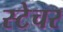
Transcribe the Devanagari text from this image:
स्टेचर